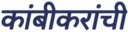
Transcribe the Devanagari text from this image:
कांबीकरांची